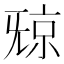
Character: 𣄴